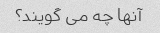
آنها چه می گویند؟